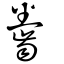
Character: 齤